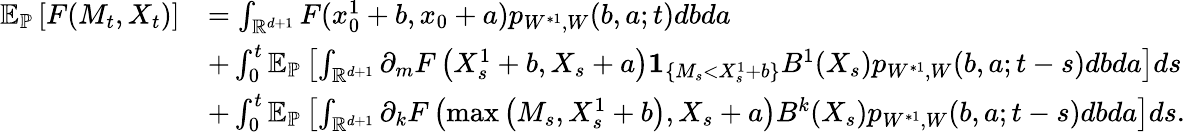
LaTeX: \begin{array}{rl}{{\mathbb E}_{\mathbb{P}}\left[F(M_{t},X_{t})\right]}&{=\int_{{\mathbb R}^{d+1}}F(x_{0}^{1}+b,x_{0}+a)p_{W^{*1},W}(b,a;t)dbda}\\ &{+\int_{0}^{t}{\mathbb E}_{\mathbb{P}}\left[\int_{{\mathbb R}^{d+1}}\partial_{m}F\left(X_{s}^{1}+b,X_{s}+a\right){\mathbf 1}_{\{ M_{s}<X_{s}^{1}+b\} }B^{1}(X_{s})p_{W^{*1},W}(b,a;t-s)dbda\right]ds}\\ &{+\int_{0}^{t}{\mathbb E}_{\mathbb{P}}\left[\int_{{\mathbb R}^{d+1}}{\partial_{k}}F\left(\operatorname*{max}\left(M_{s},X_{s}^{1}+b\right),X_{s}+a\right)B^{k}(X_{s})p_{W^{*1},W}(b,a;t-s)dbda\right]ds.}\end{array}